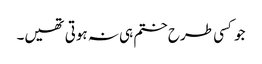
جو کسی طرح ختم ہی نہ ہوتی تھیں۔